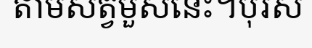
តាមសត្វមួសនេះ។បុរស